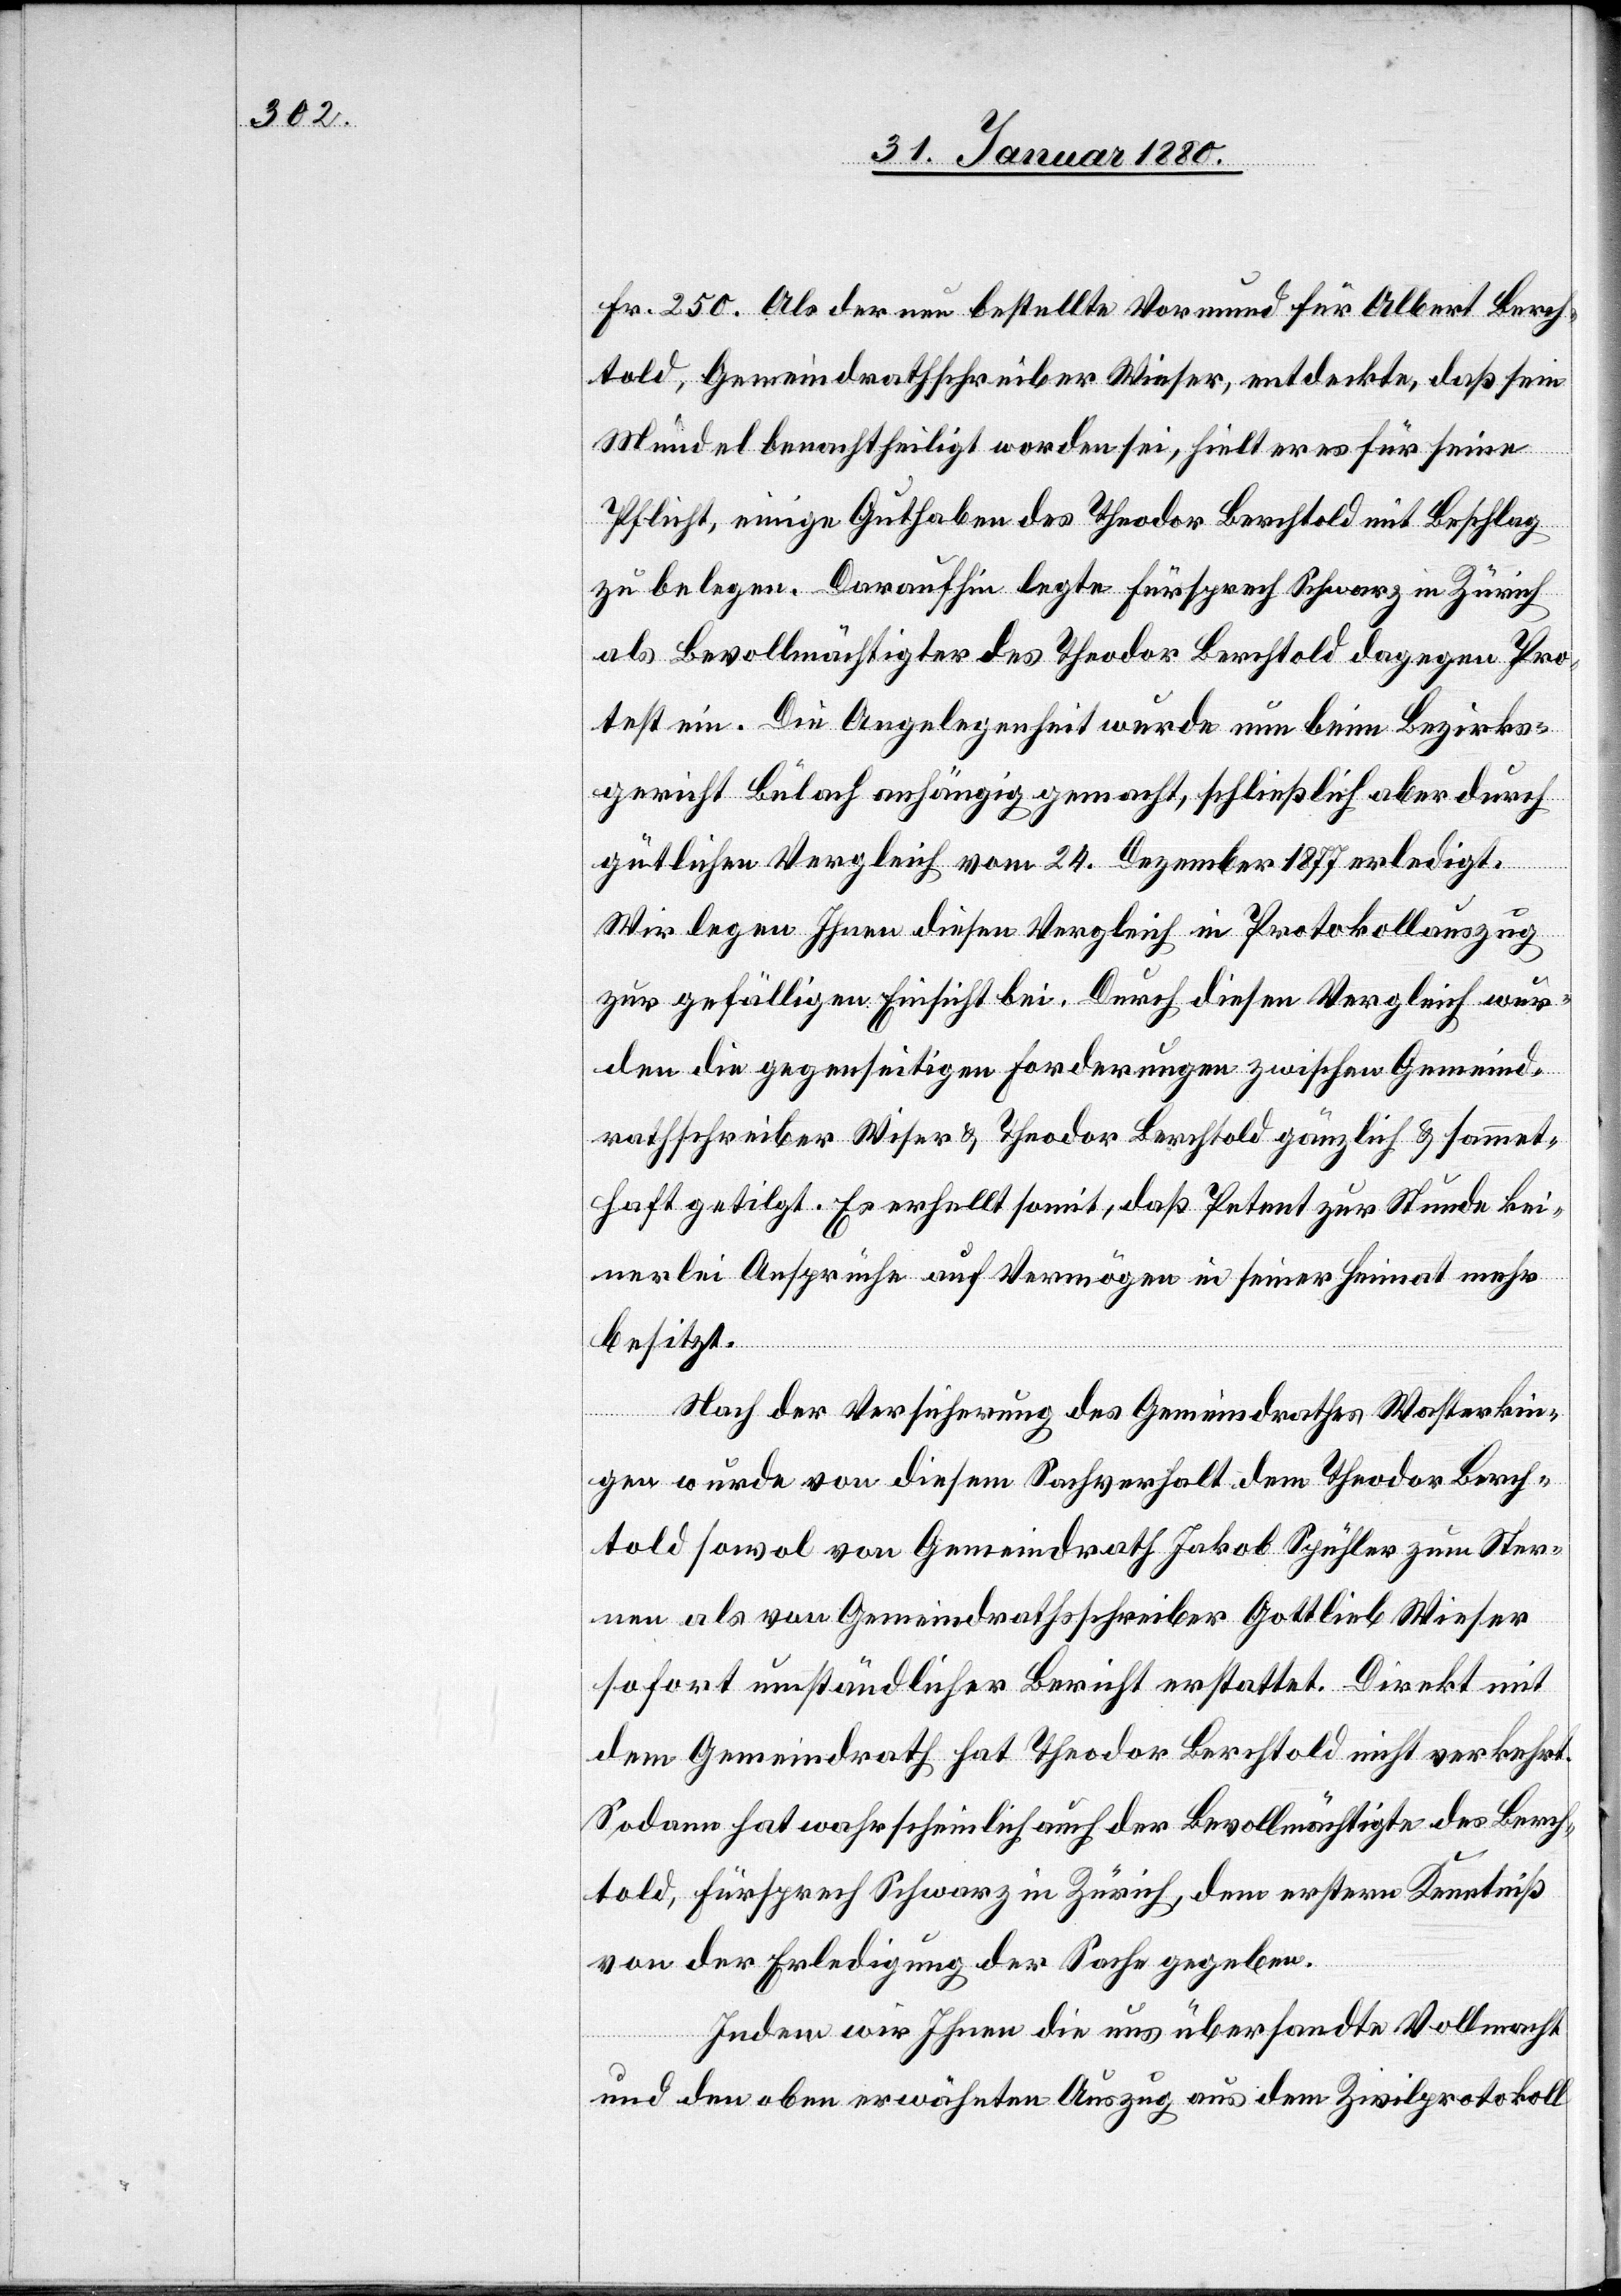
Fr. 250. Als der neu bestellte Vormund für Albert Berch¬
told, Gemeindrathschreiber Wieser, entdeckte, daß sein
Mündel benachtheiligt worden sei, hielt er es für seine
Pflicht, einige Guthaben des Theodor Berchtold mit Beschlag
zu belegen. Daraufhin legte Fürsprech Schwarz in Zürich
als Bevollmächtigter des Theodor Berchtold dagegen Pro¬
test ein. Die Angelegenheit wurde nun beim Bezirks¬
gericht Bülach anhängig gemacht, schließlich aber durch
gütlichen Vergleich vom 24. Dezember 1877 erledigt.
Wir legen Ihnen diesen Vergleich in Protokollauszug
zur gefälligen Einsicht bei. Durch diesen Vergleich wur¬
den die gegenseitigen Forderungen zwischen Gemeind¬
rathschreiber Wieser & Theodor Berchtold gänzlich & sammet¬
haft getilgt. Es erhellt somit, daß Petent zur Stunde kei¬
nerlei Ansprüche auf Vermögen in seiner Heimat mehr
besitzt.
Nach der Versicherung des Gemeindrathes Wasterkin¬
gen wurde von diesem Sachverhalt dem Theodor Berch¬
told sowol von Gemeindrath Jakob Spühler zum Ster¬
nen als von Gemeindrathsschreiber Gottlieb Wieser
sofort umständlicher Bericht erstattet. Direkt mit
dem Gemeindrath hat Theodor Berchtold nicht verkehrt.
Sodann hat wahrscheinlich auch der Bevollmächtigte des Berch¬
told, Fürsprech Schwarz in Zürich, dem erstern Kenntniß
von der Erledigung der Sache gegeben.
Indem wir Ihnen die uns übersandte Vollmacht
und den oben erwähnten Auszug aus dem Zivilprotokoll